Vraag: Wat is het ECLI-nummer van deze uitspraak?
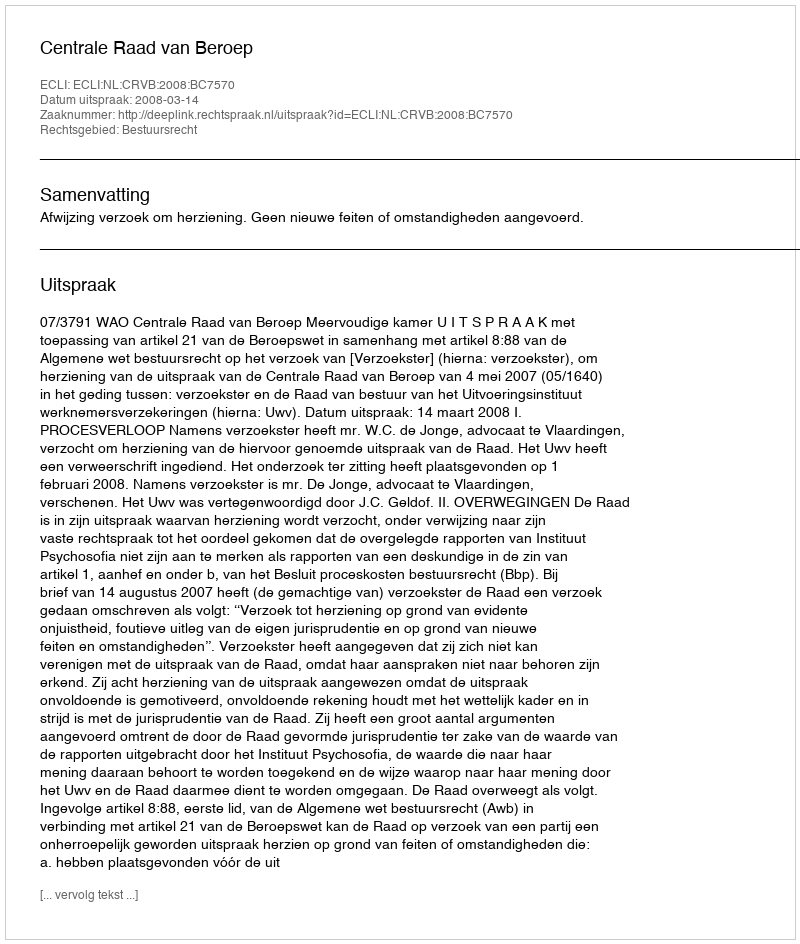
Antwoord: ECLI:NL:CRVB:2008:BC7570